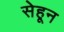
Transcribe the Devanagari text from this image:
सेहून